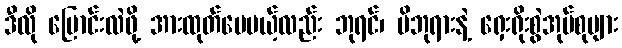
ဒီလို ပြောင်းလဲဖို့ အားထုတ်ပေမယ့်လည်း ဘုရင်၊ မိဘုရားနဲ့ ရှေးရိုးစွဲအုပ်စုများ